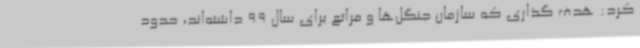
کرد: هدف گذاری که سازمان جنگل‌ها و مراتع برای سال 99 داشته‌اند، حدود